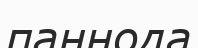
паннода